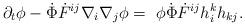
LaTeX: \begin{align*} \partial_t\phi-\dot{\Phi}\dot{F}^{ij}\nabla_i\nabla_j\phi=~\phi\dot{\Phi}\dot{F}^{ij}h_{i}^kh_{kj}.\end{align*}